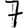
Digit: 7